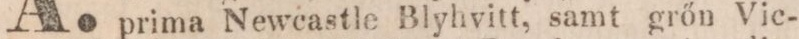
prima Newcastle Blyhvitt, samt grőn Vic-